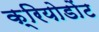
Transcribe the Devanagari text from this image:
क्रियोडोंट